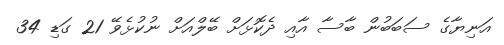
އަނިޔާގެ ސަބަބުން ބާސާ އާއި ދެކޮޅަށް ބޭލްއަށް ނުކުޅެވޭ 21 ގަޑި 34